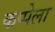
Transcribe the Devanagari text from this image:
कप्पेला